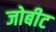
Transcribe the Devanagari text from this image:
जोबीट